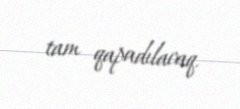
tam qapadılacaq.